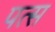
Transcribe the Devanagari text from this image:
पत्स